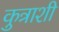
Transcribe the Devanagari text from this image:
कुत्राशी